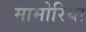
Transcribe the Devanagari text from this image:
मामोरिया